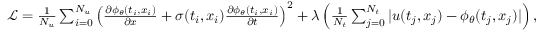
\begin{array} { r } { \mathcal { L } = \frac { 1 } { N _ { u } } \sum _ { i = 0 } ^ { N _ { u } } \left( \frac { \partial \phi _ { \theta } ( t _ { i } , x _ { i } ) } { \partial x } + \sigma ( t _ { i } , x _ { i } ) \frac { \partial \phi _ { \theta } ( t _ { i } , x _ { i } ) } { \partial t } \right) ^ { 2 } + \lambda \left( \frac { 1 } { N _ { t } } \sum _ { j = 0 } ^ { N _ { t } } | u ( t _ { j } , x _ { j } ) - \phi _ { \theta } ( t _ { j } , x _ { j } ) | \right) , } \end{array}